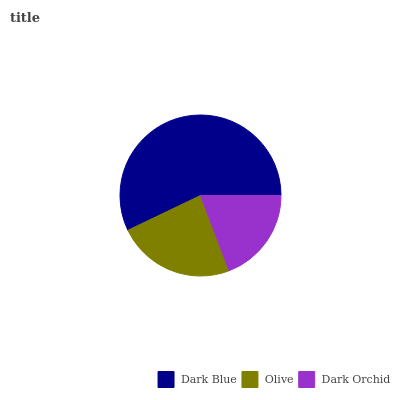
| Dark Blue | Olive | Dark Orchid |
 | --- | --- | --- |
 | 57.1% | 23.7% | 19.2% |